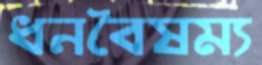
ধনবৈষম্য